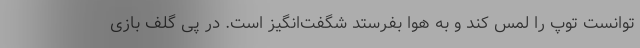
توانست توپ را لمس کند و به هوا بفرستد شگفت‌انگیز است. در پی گلف بازی